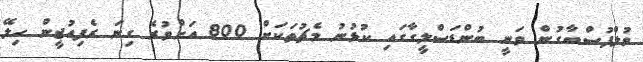
ވުލްފުސްބާގުން ވަނީ ބުންޑަސްލީގާގައި ކުޅުނު މެޗުތަކަށް 800 އަށްވުރެ ގިނަ ރެފިއުޖީން ހިލޭ